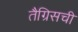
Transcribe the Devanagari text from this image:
तैग्रिसची